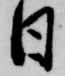
日